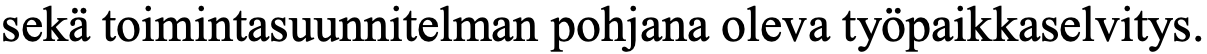
sekä toimintasuunnitelman pohjana oleva työpaikkaselvitys.